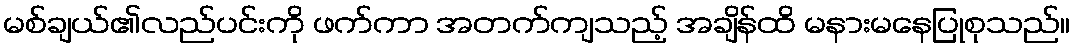
မစ်ချယ်၏လည်ပင်းကို ဖက်ကာ အတက်ကျသည့် အချိန်ထိ မနားမနေပြုစုသည်။